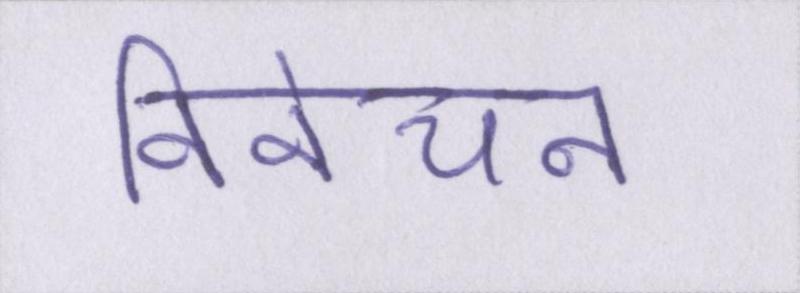
विवेचन